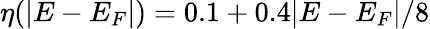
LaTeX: \eta(|E-E_{F}|)=0.1+0.4|E-E_{F}|/8